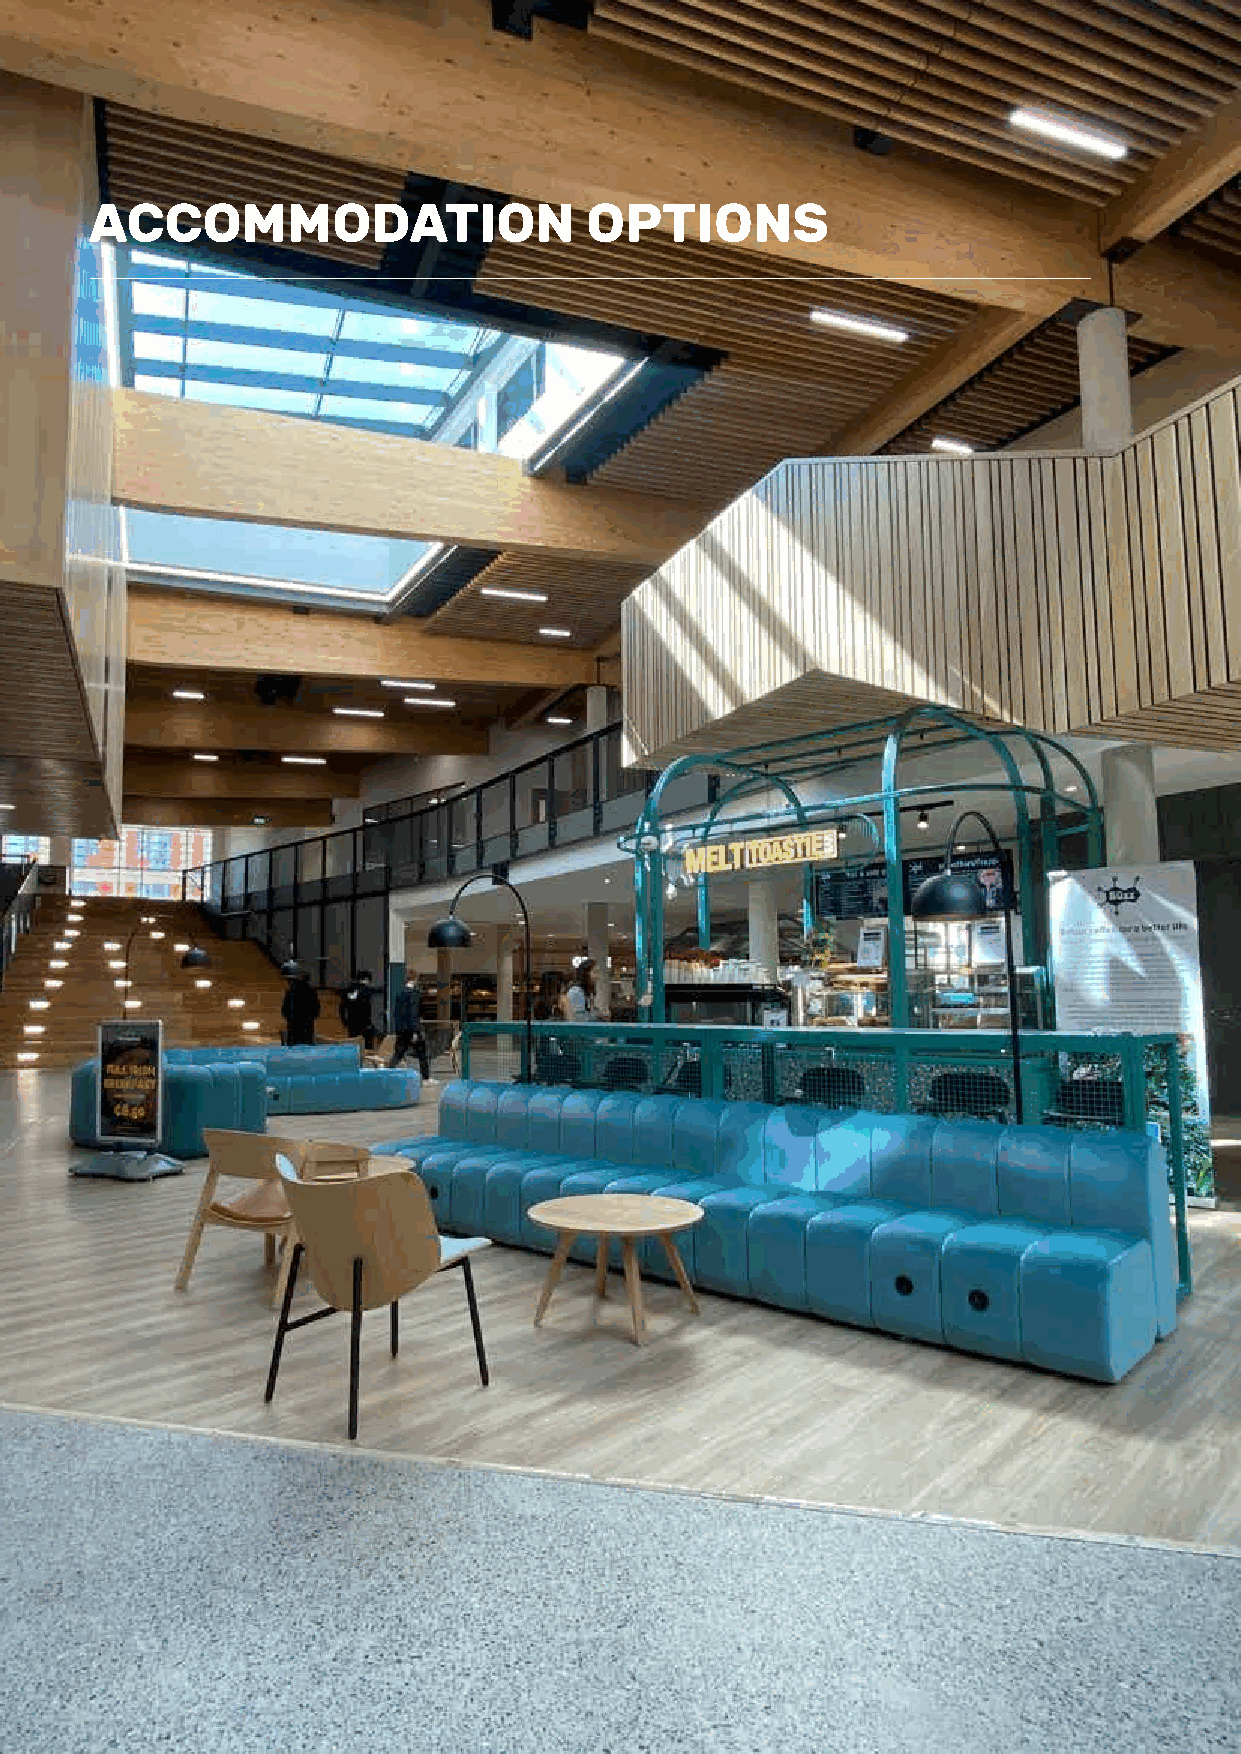
ON- CAMPUS APARTMENT
 ACCOMMODATION
 ACCOMMODATION                    OPTIONS
 20 Learn English at UCD English Language Academy